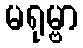
မရုမ္ဗာ